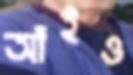
আঁইও